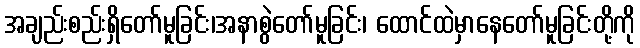
အချည်းစည်းရှိတော်မူခြင်း၊အနာစွဲတော်မူခြင်း၊ ထောင်ထဲမှာနေတော်မူခြင်းတို့ကို